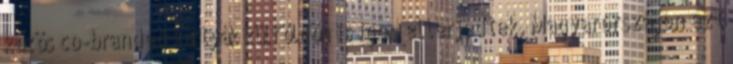
közös co-branded kártyák külföldön is igen elterjedtek. Magyarországon ezt